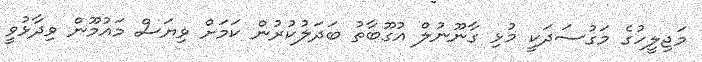
މަޖިލީހުގެ މަގުސަދަކީ މުޅި ގާނޫނުލް އުގޫބާތު ބަދަލުކުރުން ކަމަށް ވިޔަސް މައުމޫން ވިދާޅުވީ